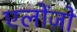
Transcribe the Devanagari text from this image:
एलोंज़ो